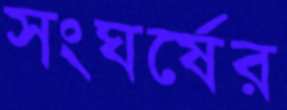
সংঘর্ষের